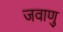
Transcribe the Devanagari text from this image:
जवाणु